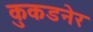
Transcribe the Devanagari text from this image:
कुकडनेर